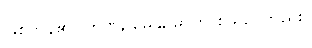
ဖြစ်ကုန်၏။ ဟဏု, ဓေနု, ဓာတု စသည်တည်း။